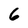
Character: 6